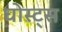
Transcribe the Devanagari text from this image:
घोस्ट्‌स